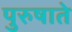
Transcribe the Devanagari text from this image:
पुरुषाते